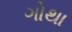
ગોથા